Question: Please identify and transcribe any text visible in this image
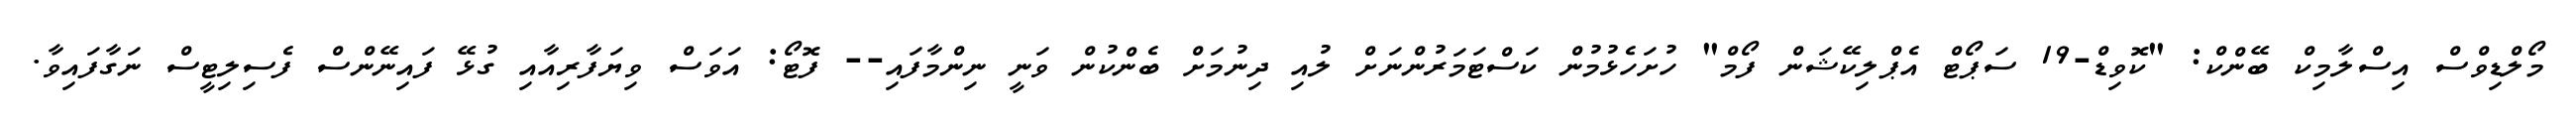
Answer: މޯލްޑިވްސް އިސްލާމިކް ބޭންކް: "ކޮވިޑް-19 ސަޕޯޓް އެޕްލިކޭޝަން ފޯމް" ހުށަހެޅުމުން ކަސްޓަމަރުންނަށް ލުއި ދިނުމަށް ބެންކުން ވަނީ ނިންމާފައި-- ފޮޓޯ: އަވަސް ވިޔަފާރިއާއި ގުޅޭ ފައިނޭންސް ފެސިލިޓީސް ނަގާފައިވާ.